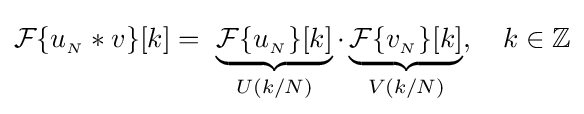
{\mathcal {F}}\{u_{_{N}}*v\}[k]=\ \underbrace {{\mathcal {F}}\{u_{_{N}}\}[k]} _{U(k/N)}\cdot \underbrace {{\mathcal {F}}\{v_{_{N}}\}[k]} _{V(k/N)},\quad k\in \mathbb {Z}